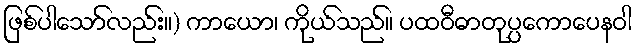
ဖြစ်ပါသော်လည်း။) ကာယော၊ ကိုယ်သည်။ ပထဝီဓာတုပ္ပကောပေနဝါ